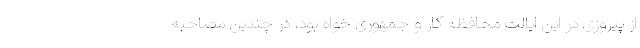
از پیروزی در این ایالت محافظه کار و جمهوری خواه بود، در چندین مصاحبه